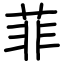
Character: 菲